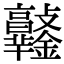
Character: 𨰯